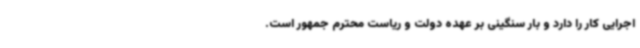
اجرایی کار را دارد و بار سنگینی بر عهده دولت و ریاست محترم جمهور است.